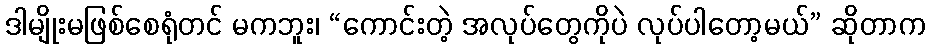
ဒါမျိုးမဖြစ်စေရုံတင် မကဘူး၊ “ကောင်းတဲ့ အလုပ်တွေကိုပဲ လုပ်ပါတော့မယ်” ဆိုတာက